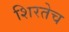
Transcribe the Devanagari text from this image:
शिरतेच